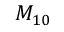
M _ { 1 0 }